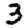
Digit: 3